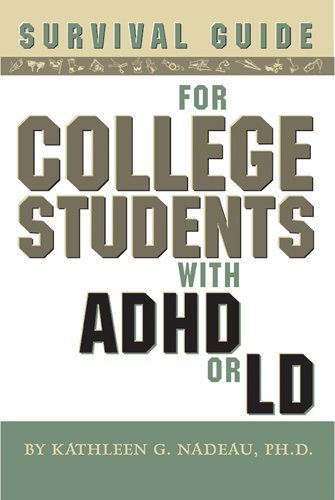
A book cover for Survival Guide for College Students with ADHD or LD; Kathleen G. Nadeau; Health, Fitness & Dieting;